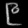
Digit: ၉